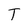
Character: T